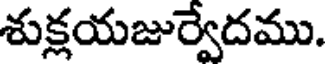
శుక్లయజుర్వేదము.